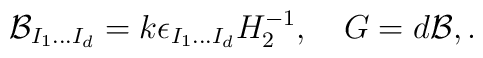
{\cal B}_{I_{1}...I_{d}}=k  \epsilon_{I_{1}...I_{d}}H_{2}^{-1}, ~~~G=d{\cal B},.